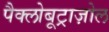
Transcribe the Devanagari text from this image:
पैक्लोबूट्राज़ोल